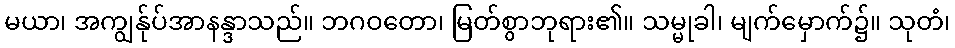
မယာ၊ အကျွန်ုပ်အာနန္ဒာသည်။ ဘဂဝတော၊ မြတ်စွာဘုရား၏။ သမ္မုခါ၊ မျက်မှောက်၌။ သုတံ၊